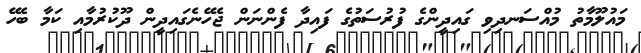
މައުލޫމާތު މުއްސަނދިވި ގައިދީންގެ ފުރުސަތުގެ ފައިދާ ފެންނަން ޖެހޭނެގައިދީން ދޫކުރުމާއި ކަމާ ބެހޭ